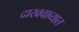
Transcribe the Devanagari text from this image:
दाखवाव्यात